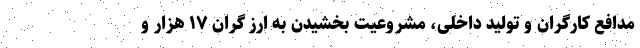
مدافع کارگران و تولید داخلی، مشروعیت بخشیدن به ارز گران ۱۷ هزار و